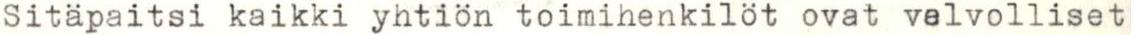
Sitäpaitsi kaikki yhtiön toimihenkilöt ovat velvolliset